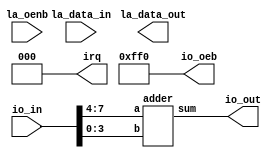
// This program was cloned from: https://github.com/blue67chillout/last
// License: Apache License 2.0

// SPDX-FileCopyrightText: 2020 Efabless Corporation
//
// Licensed under the Apache License, Version 2.0 (the "License");
// you may not use this file except in compliance with the License.
// You may obtain a copy of the License at
//
//      http://www.apache.org/licenses/LICENSE-2.0
//
// Unless required by applicable law or agreed to in writing, software
// distributed under the License is distributed on an "AS IS" BASIS,
// WITHOUT WARRANTIES OR CONDITIONS OF ANY KIND, either express or implied.
// See the License for the specific language governing permissions and
// limitations under the License.
// SPDX-License-Identifier: Apache-2.0

`default_nettype none
/*
 *-------------------------------------------------------------
 *
 * user_proj_example
 *
 * This is an example of a (trivially simple) user project,
 * showing how the user project can connect to the logic
 * analyzer, the wishbone bus, and the I/O pads.
 *
 * This project generates an integer count, which is output
 * on the user area GPIO pads (digital output only).  The
 * wishbone connection allows the project to be controlled
 * (start and stop) from the management SoC program.
 *
 * See the testbenches in directory "mprj_counter" for the
 * example programs that drive this user project.  The three
 * testbenches are "io_ports", "la_test1", and "la_test2".
 *
 *-------------------------------------------------------------
 */

module user_proj_example (
`ifdef USE_POWER_PINS
    inout vccd1,	// User area 1 1.8V supply
    inout vssd1,	// User area 1 digital ground
`endif
   
   //la probes
    input  [127:0] la_data_in,
    output [127:0] la_data_out,
    input  [127:0] la_oenb,
   
   
   
   // IOs
    input  [7:0] io_in,
    output [3:0] io_out,
    output [11:0] io_oeb,

    // IRQ
    output [2:0] irq
);
   // wire [3:0]a,b,sum;
    //assign {a,b} = la_data_in[63:56];
  // assign {a,b} = io_in[7:0];
    assign io_oeb  = 12'hFF0;
   // assign io_oeb = 13'h00FF;
    assign irq = 3'b000;	// Unused
   // adder uut(a,b,io_out[3:0]);
    adder uut(io_in[7:4],io_in[3:0],io_out[3:0]);
endmodule

module adder(
input [3:0]a,
input [3:0]b,
output [3:0]sum);

assign sum = a + b;

endmodule
`default_nettype wire